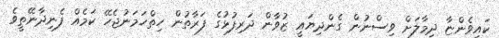
ކައިވެންޏާ ދިމާލަށް ވިސްނުން ގެންދިޔައީ ޒުވާން ދަރިފުޅުގެ ފަރާތުން ހިތްހަމަނުޖެހޭ ކަމެއް ފެނިދާނޭތީވެ